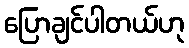
ပြောချင်ပါတယ်ဟု